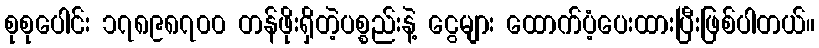
စုစုပေါင်း ၁၇၈၉၈၇၀၀ တန်ဖိုးရှိတဲ့ပစ္စည်းနဲ့ ငွေများ ထောက်ပံ့ပေးထားပြီးဖြစ်ပါတယ်။